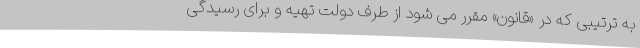
به ترتیبی که در «قانون» مقرر می شود از طرف دولت تهیه و برای رسیدگی